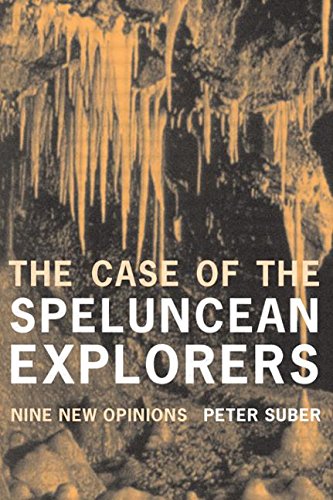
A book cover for The Case of the Speluncean Explorers: Nine New Opinions; Peter Suber; Law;